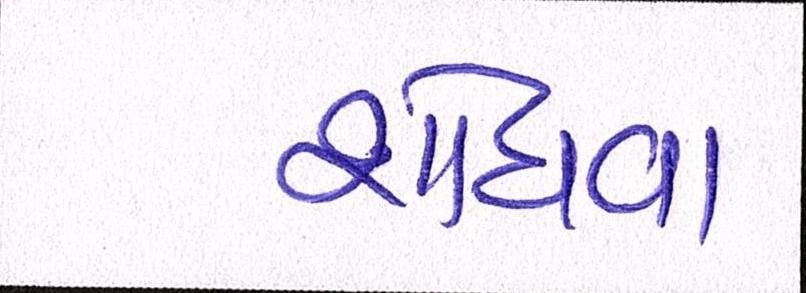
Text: શોધવા